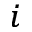
^ i